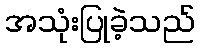
အသုံးပြုခဲ့သည်